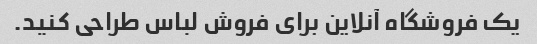
یک فروشگاه آنلاین برای فروش لباس طراحی کنید.